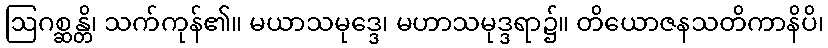
ဩဂစ္ဆန္တိ၊ သက်ကုန်၏။ မယာသမုဒ္ဒေ၊ မဟာသမုဒ္ဒရာ၌။ တိယောဇနသတိကာနိပိ၊